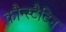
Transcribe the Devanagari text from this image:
कौन्स्टैटिन